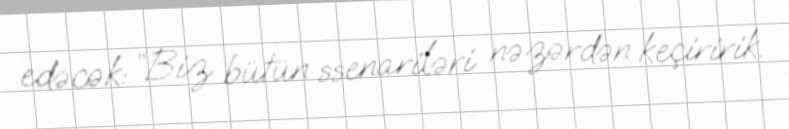
edəcək: “Biz bütün ssenariləri nəzərdən keçiririk.